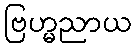
ဗြဟ္မညာယ